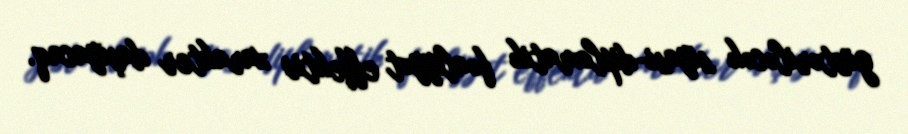
göstəriləcək siyasi-diplomatik fəaliyyət effektiv xarakter daşıyacaq.